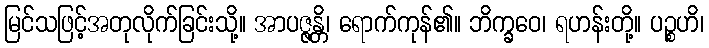
မြင်သဖြင့်အတုလိုက်ခြင်းသို့။ အာပဇ္ဇန္တိ၊ ရောက်ကုန်၏။ ဘိက္ခဝေ၊ ရဟန်းတို့။ ပဉ္စဟိ၊